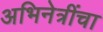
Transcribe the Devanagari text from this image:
अभिनेत्रींचा